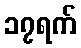
၁၇ရက်